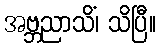
အဗ္ဘညာသိံ၊ သိပြီ။